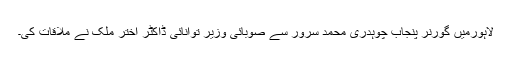
لاہورمیں گورنر پنجاب چوہدری محمد سرور سے صوبائی وزیرِ توانائی ڈاکٹر اختر ملک نے ملاقات کی۔